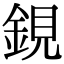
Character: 鋧